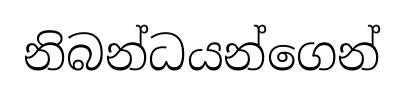
නිබන්ධයන්ගෙන්